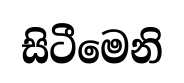
සිටීමෙනි